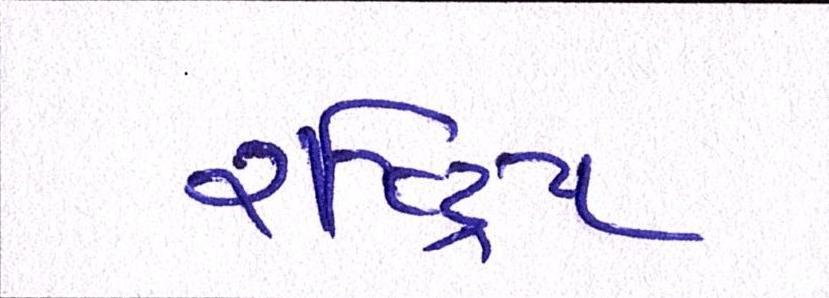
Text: રાષ્ટ્રિય